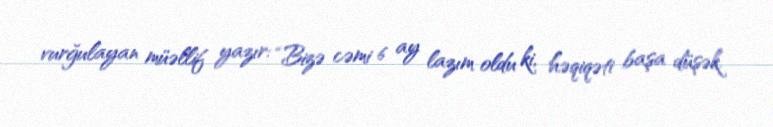
vurğulayan müəllif yazır: “Bizə cəmi 6 ay lazım oldu ki, həqiqəti başa düşək.